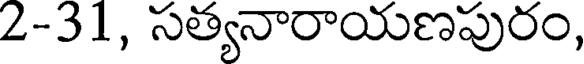
2-31, సత్యనారాయణపురం,